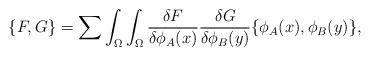
LaTeX: \begin{align*}\{ F,G \} =\sum\int_{\Omega}\int_{\Omega} {{\delta F} \over {\delta\phi_A(x)}}{{\delta G} \over {\delta\phi_B(y)}}\{ \phi_A(x),\phi_B(y)\},\end{align*}